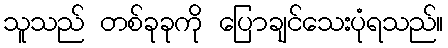
သူသည် တစ်ခုခုကို ပြောချင်သေးပုံရသည်။